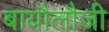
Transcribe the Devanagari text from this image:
बायौलौजी